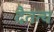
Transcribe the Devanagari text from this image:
दैतत्य